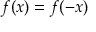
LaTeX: f ( x ) = f ( - x )